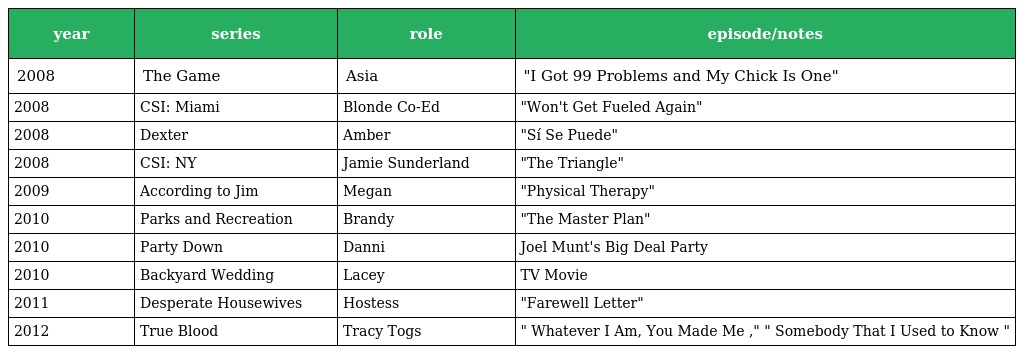
| year | series | role | episode/notes |
 | --- | --- | --- | --- |
 | 2008 | The Game | Asia | "I Got 99 Problems and My Chick Is One" |
 | 2008 | CSI: Miami | Blonde Co-Ed | "Won't Get Fueled Again" |
 | 2008 | Dexter | Amber | "Sí Se Puede" |
 | 2008 | CSI: NY | Jamie Sunderland | "The Triangle" |
 | 2009 | According to Jim | Megan | "Physical Therapy" |
 | 2010 | Parks and Recreation | Brandy | "The Master Plan" |
 | 2010 | Party Down | Danni | Joel Munt's Big Deal Party |
 | 2010 | Backyard Wedding | Lacey | TV Movie |
 | 2011 | Desperate Housewives | Hostess | "Farewell Letter" |
 | 2012 | True Blood | Tracy Togs | " Whatever I Am, You Made Me ," " Somebody That I Used to Know " |